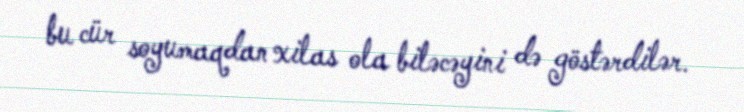
bu cür soyumaqdan xilas ola biləcəyini də göstərdilər.